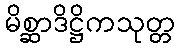
မိစ္ဆာဒိဋ္ဌိကသုတ္တ